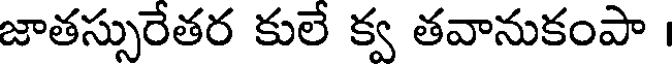
జాతస్సురేతర కులే క్వ తవానుకంపా